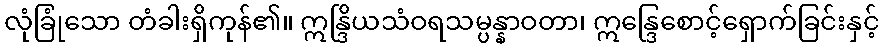
လုံခြုံသော တံခါးရှိကုန်၏။ ဣန္ဒြိယသံဝရသမ္ပန္နာဝတာ၊ ဣန္ဒြေစောင့်ရှောက်ခြင်းနှင့်